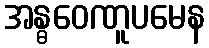
အန္ဓဝေဏူပမေန